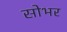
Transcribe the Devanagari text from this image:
सोभर